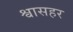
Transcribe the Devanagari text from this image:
श्वासहर